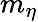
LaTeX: m_{\eta}